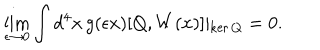
\lim _ { \epsilon \to 0 } \int d ^ { 4 } x \, g ( \epsilon x ) [ Q , W ( x ) ] \vert _ { \mathrm { k e r } \, Q } = 0 .